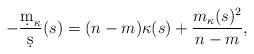
LaTeX: \begin{align*}-\frac{\d m_{\kappa}}{\d s}(s)=(n-m)\kappa(s)+\frac{m_{\kappa}(s)^2}{n-m},\end{align*}